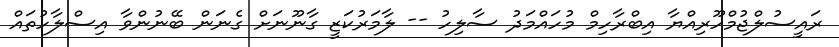
ރައީސުލްޖުމްހޫރިއްޔާ އިބްރާހިމް މުހައްމަދު ސާލިހު -- ލާމަރުކަޒީ ގާނޫނަށް ގެނަން ބޭނުންވާ އިސްލާހުތައް